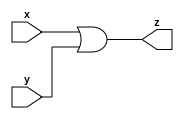
module or_gate (x, y, z);
  input x;
  input y;
  output z;
  
  assign z = (x|y) ;
  
  
endmodule